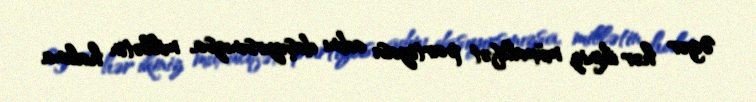
Əgər hər ikiniz müxalifət partiyası adını daşıyırsınızsa, millətin halına